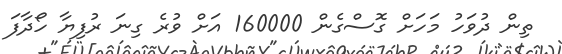
ތިން ދުވަހު މަހަށް ގޮސްގެން 160000 އަށް ވުރެ ގިނަ ރުފިޔާ ހޯދާފަ